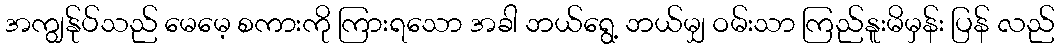
အကျွန်ုပ်သည် မေမေ့ စကားကို ကြားရသော အခါ ဘယ်ရွေ့ ဘယ်မျှ ဝမ်းသာ ကြည်နူးမိမှန်း ပြန် လည်